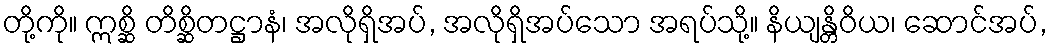
တို့ကို။ ဣစ္ဆိ တိစ္ဆိတဋ္ဌာနံ၊ အလိုရှိအပ်, အလိုရှိအပ်သော အရပ်သို့။ နိယျန္တိဝိယ၊ ဆောင်အပ်,